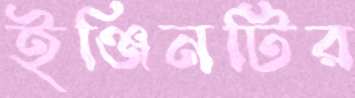
ইঞ্জিনটির